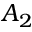
A _ { 2 }